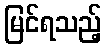
မြင်ရသည့်